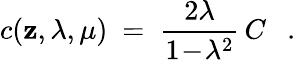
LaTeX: c(\mathbf{z},\lambda,\mu)~=~{\frac{{2\lambda}}{{1\! -\! \lambda^{2}}}}\, C~~~.